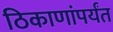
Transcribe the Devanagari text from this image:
ठिकाणांपर्यंत